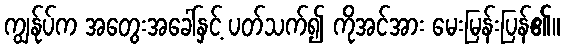
ကျွန်ုပ်က အတွေးအခေါ်နှင့် ပတ်သက်၍ ကိုအင်အား မေးမြန်းပြန်၏။